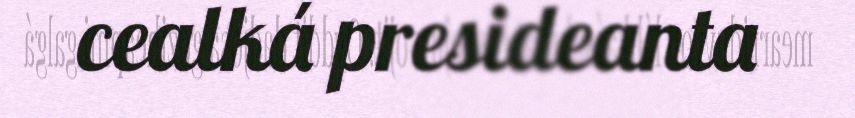
cealká presideanta